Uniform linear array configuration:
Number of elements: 8
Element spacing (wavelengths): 0.75
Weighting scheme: kaiser
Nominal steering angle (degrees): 30
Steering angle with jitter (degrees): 28.739
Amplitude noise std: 0.05
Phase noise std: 0.05

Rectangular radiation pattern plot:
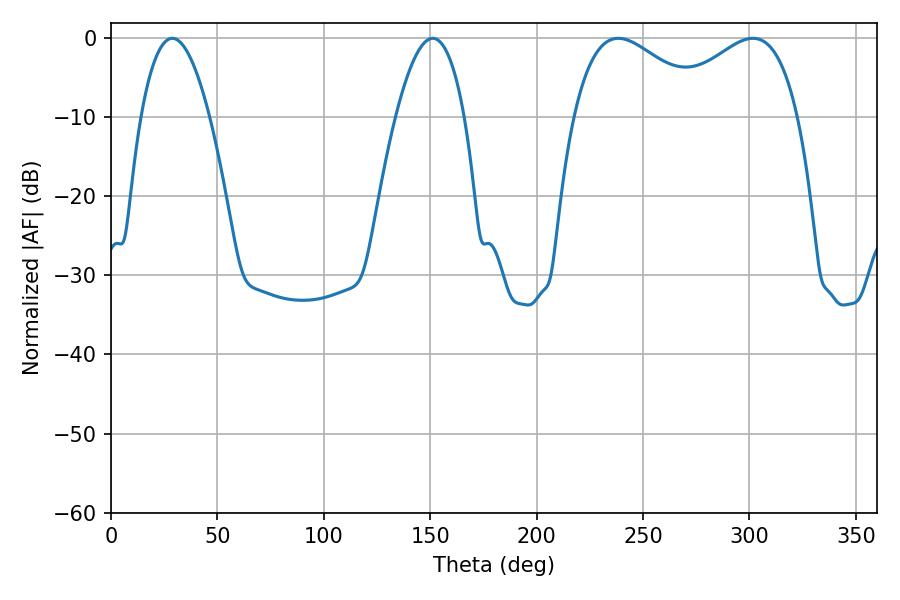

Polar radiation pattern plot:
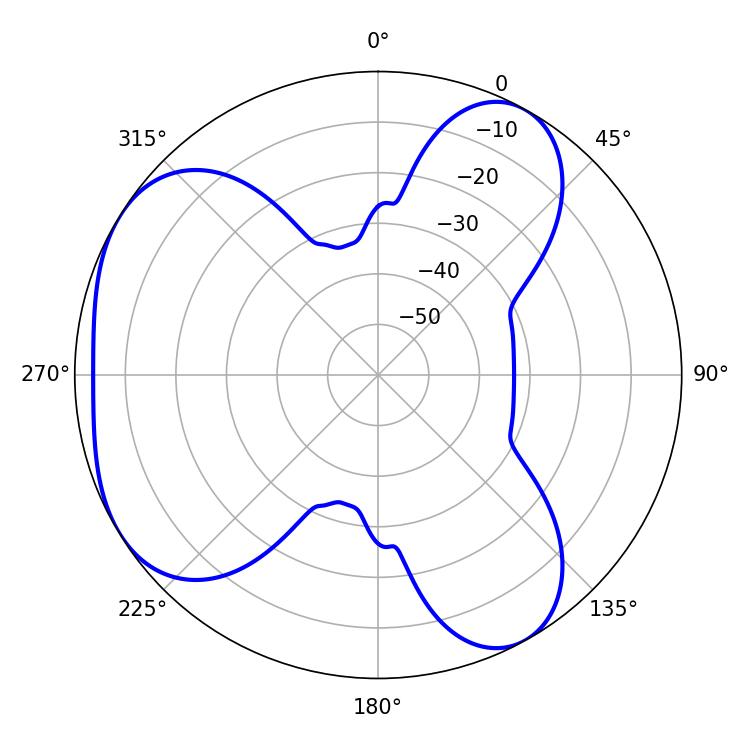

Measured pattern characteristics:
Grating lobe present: TRUE
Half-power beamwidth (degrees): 17.82
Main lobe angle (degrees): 28.8